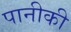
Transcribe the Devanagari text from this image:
पानीकी